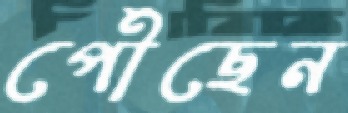
পৌঁছেন